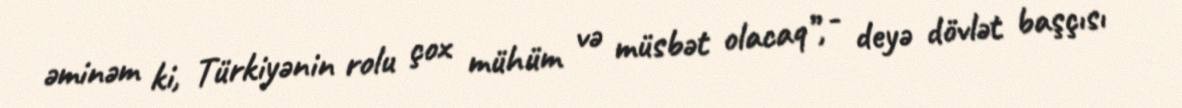
əminəm ki, Türkiyənin rolu çox mühüm və müsbət olacaq”, - deyə dövlət başçısı